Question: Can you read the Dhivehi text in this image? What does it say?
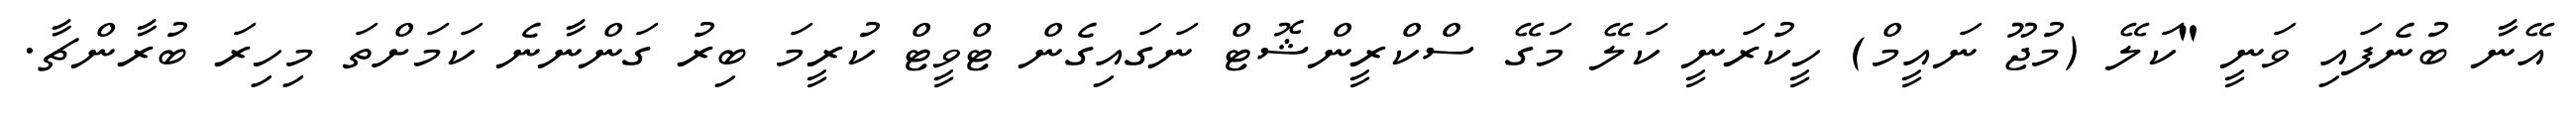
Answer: އޭނާ ބުނެފައި ވަނީ "ކަލޭ (މުޖޫ ނައީމް) ހީކުރަނީ ކަލޭ މަގޭ ސްކްރީންޝޮޓް ނަގައިގެން ޓްވީޓް ކުރީމަ ބިރު ގަންނާނެ ކަމަށްތަ މިހިރަ ބުރާންޗާ.